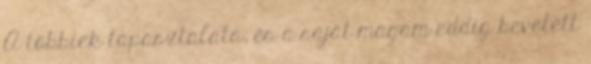
A többiek tapasztalata, és a saját magam eddig bevetett